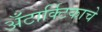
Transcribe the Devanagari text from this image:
अँटार्क्टिकाचे